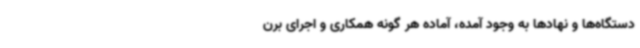
دستگاه‌ها و نهادها به وجود آمده، آماده هر گونه همکاری و اجرای برن